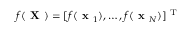
f ( \textbf { X } ) = [ f ( \textbf { x } _ { 1 } ) , \dots , f ( \textbf { x } _ { N } ) ] ^ { \textrm { T } }